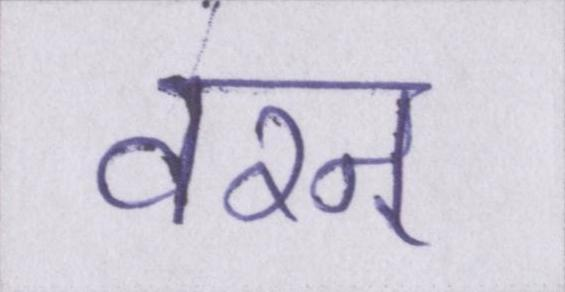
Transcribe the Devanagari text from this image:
वरन्